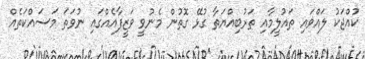
ކުއްޖަކު ލައްވައި ތައުލީމާއި ތަރުބިއްޔަތާ ގުޅޭ ގޮތުން މެނުވީ ވަޒީފާއެއްގައި ނުވަތަ މަސައްކަތެއް